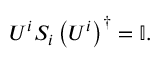
U ^ { i } S _ { i } \left( U ^ { i } \right) ^ { \dagger } = \mathbb { I } .